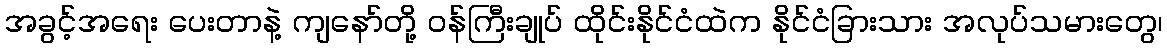
အခွင့်အရေး ပေးတာနဲ့ ကျနော်တို့ ဝန်ကြီးချုပ် ထိုင်းနိုင်ငံထဲက နိုင်ငံခြားသား အလုပ်သမားတွေ၊